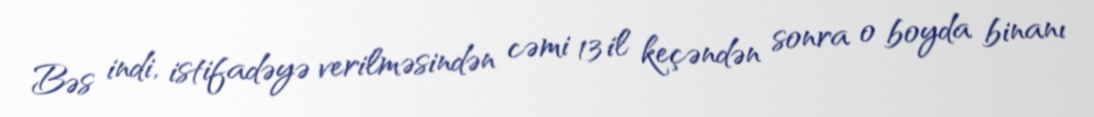
Bəs indi, istifadəyə verilməsindən cəmi 13 il keçəndən sonra o boyda binanı